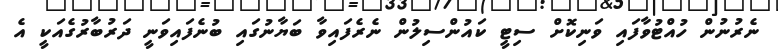
ނެރުނުން ހުއްޓުވާފައި ވަނިކޮށް ސިޓީ ކައުންސިލުން ނެރެފައިވާ ބަޔާނުގައި ބުނެފައިވަނީ ދަރުބާރުގެއަކީ އެ